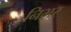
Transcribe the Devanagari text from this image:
निभर